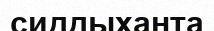
сиддыханта